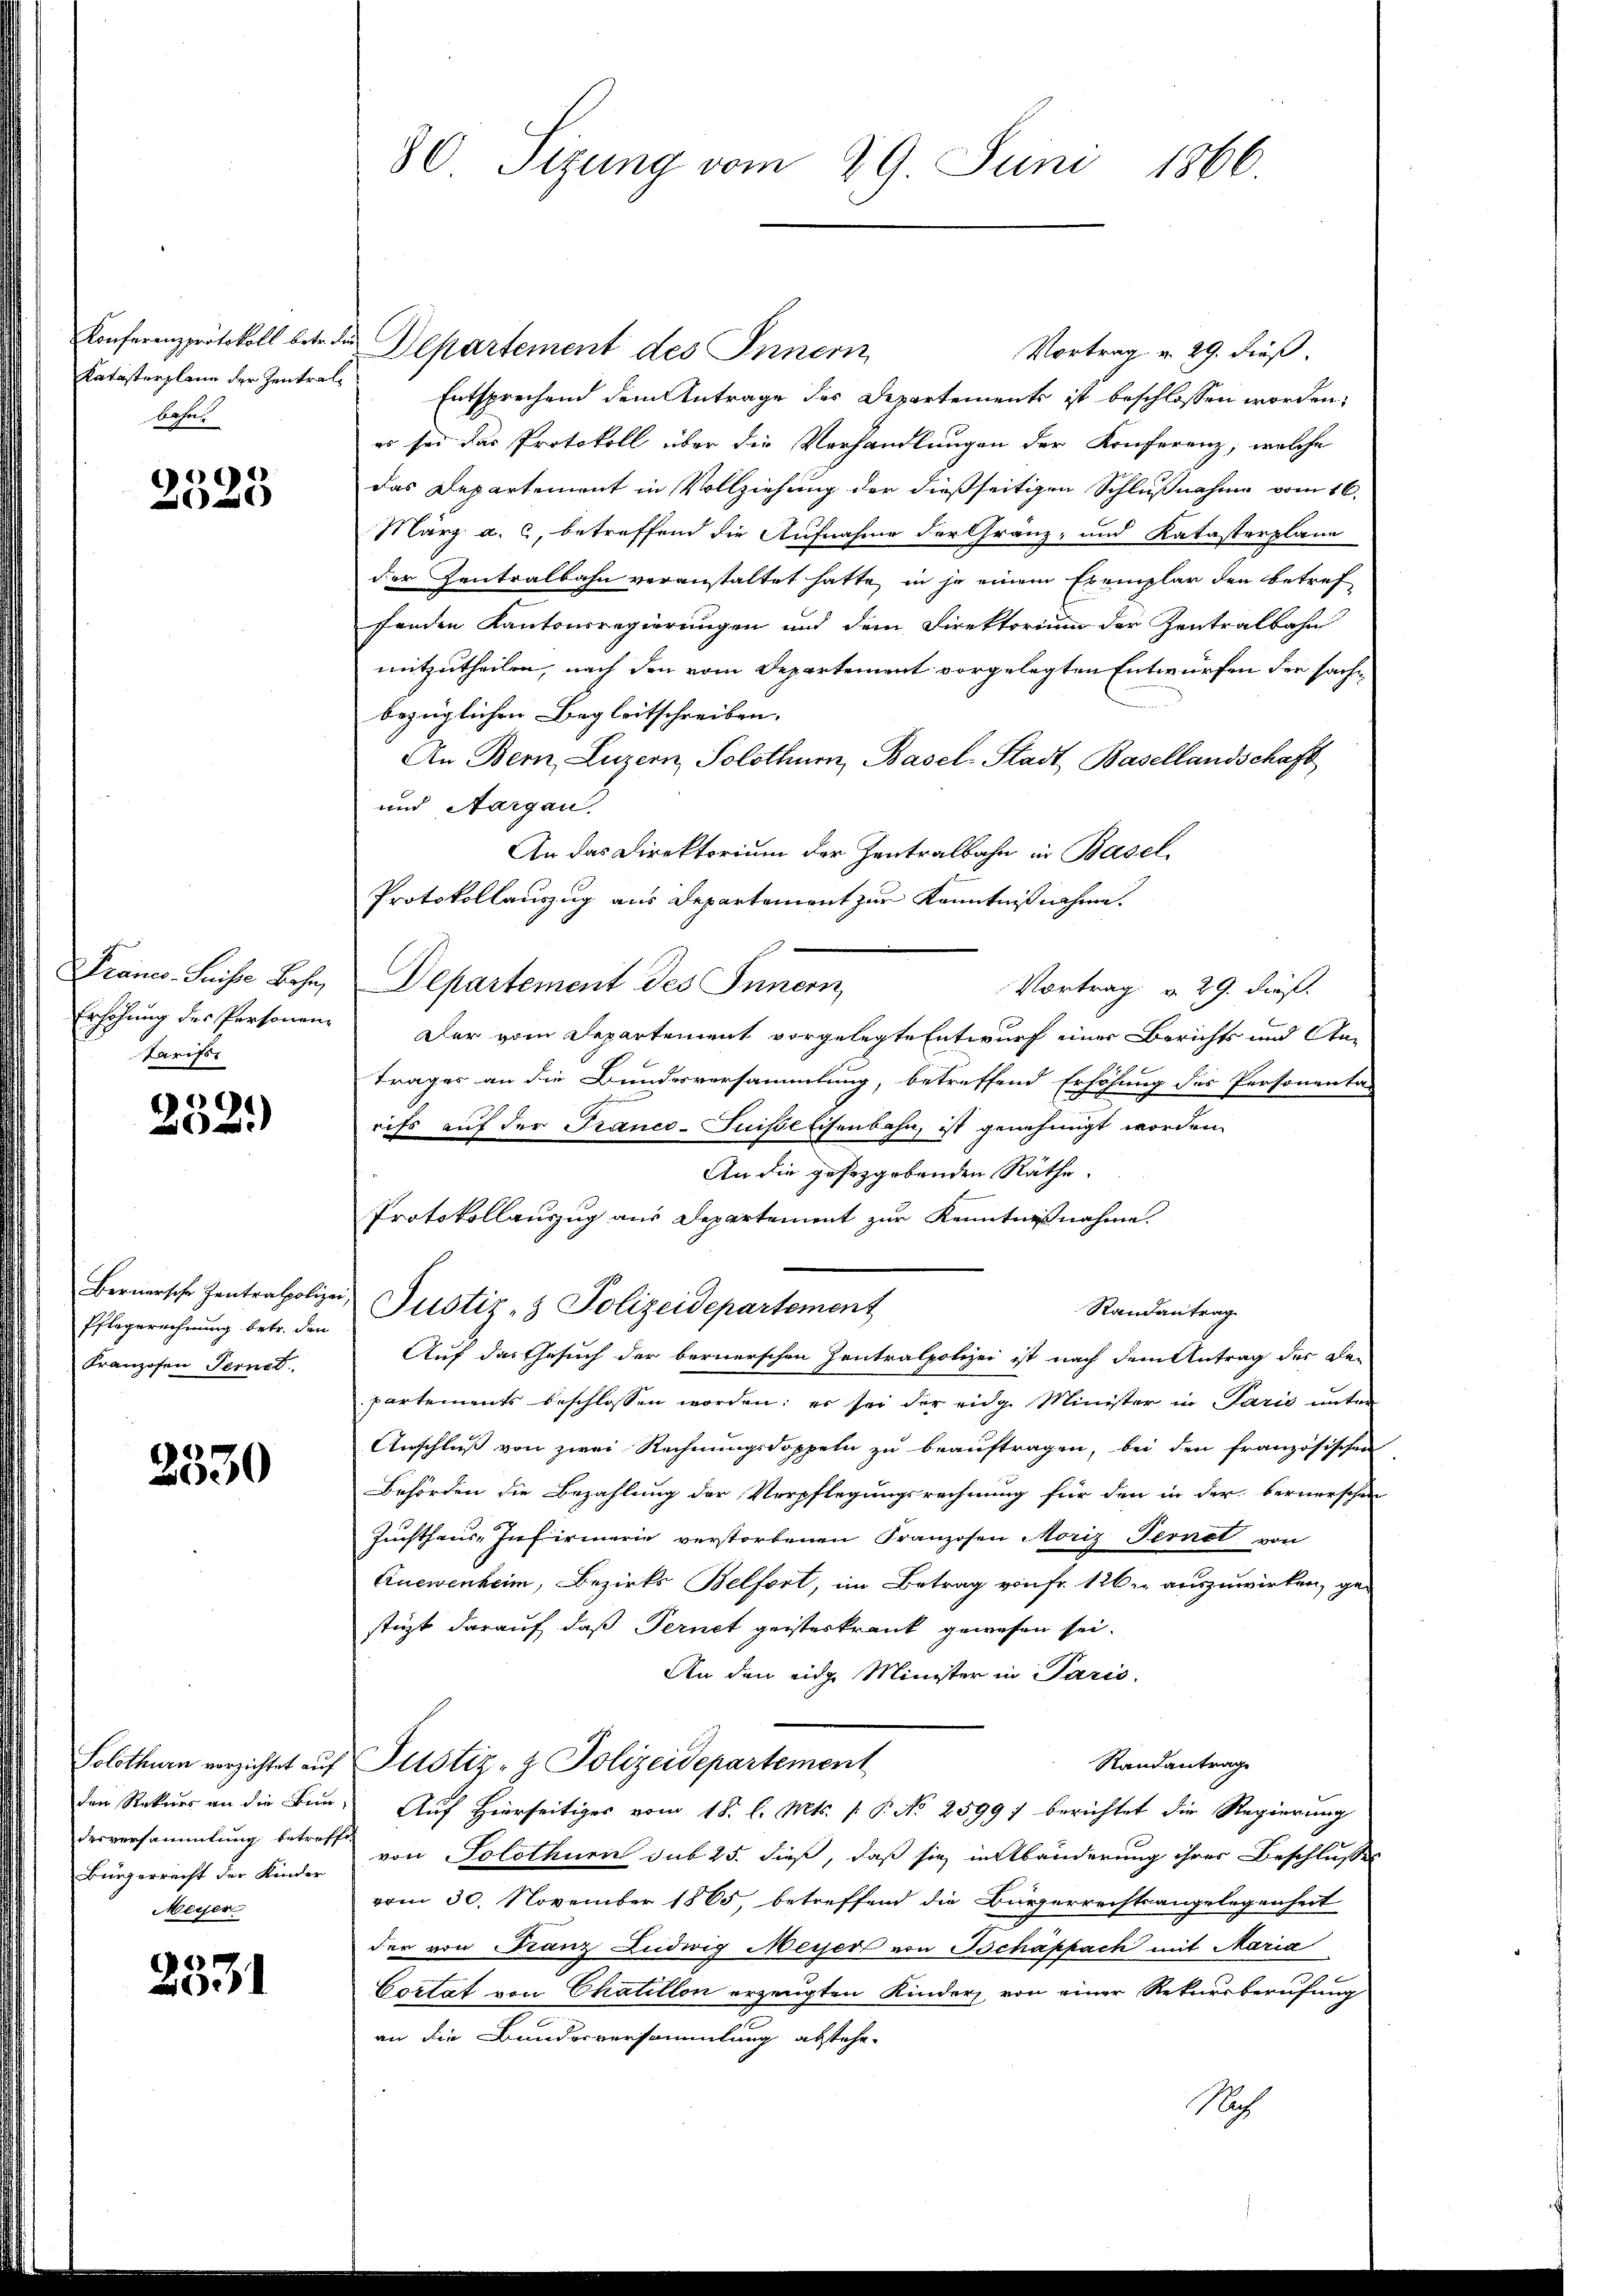
Katasterplane der Zentralbahne

2528

Tarifs

4
52

Pflegerechnung betr. den
Franzosen Fernet

2530

derversammlung betreffe
Meyer

2531

80. Sizung vom 29. Juni 1866.

Konferenzprotokoll betr. Departement des Innern,
Vortrag v. 29. dieß.
Entsprechend dem Antrage des Departements ist beschlossen worden,
es sei das Protokoll über die Verhandlungen der Konferenz, welche
das Departement in Vollziehung der dießseitigen Schlußnahme vom 16.
März a. c, betreffend die Aufnahme der Gränz- und Katasterplane
der Zentralbahn veranstaltet hatte, in je einem Exemplar den betref
fenden Kantonsregierungen und dem Direktorium der Zentralbahn
mitzutheilen, nach den vom Departement vorgelegten Entwürfen der sachbezüglichen Begleitschreiben. |
An Bern, Luzern, Solothurn, Basel-Stadt, Basellandschaft
und Aargau.
An das Direktorium der Zentralbahn in Basel
Protokollauszug aus Departement zur Kenntnißnahme.
Frauer-Seise Behr, Departement des Innern,
Erhöhung des Personen. Der vom Departement vorgelegte Entwurf einer Berichts und An-
Trages an die Bundesversammlung, betreffend Erhöhung des Personentar
rifs auf der Franco-Suisse Eisenbahn, ist genehmigt worden.
An die gefezgebenden Räthe.
Protokollauszug aus Departement zur Kenntnißnahme.
Bernersche Zentralpolizei, Justiz- & Polizeidepartement
Randantrag
Auf das Gesuch der bernerschen Zentralpolizei ist nach dem Antrag der Be-
partements beschlossen worden; es sei der eidg. Minister in Pario unter
Anschluß von zwei Rechnungsdoppeln zu beauftragen, bei den französischen
Behörden die Bezahlung der Verpflegungsrechnung für den in der bernerschen
Zuchthaus-Infirmerie verstorbenen Franzosen Moriz Fernet von
Anewenheim, Bezirks Belfort, im Betrag von Fr. 126. auszuwirken, ge-
stüzt darauf, daß Fernet geisteskrank gewesen sei.
An den eidg. Minister in Paris.
Randantrag
Solothurn verzichtet auf Justiz- & Polizeidepartement
den Rekurs an die Bun- Auf Hierseitiges vom 18. l. Mts. (: P. No 2599) berichtet die Regierung
Bürgerrecht der Kinder von Solothurn sub 25. dieß, daß sie in Abänderung ihrer Beschlusses
vom 30. November 1865, betreffend die Bürgerrechtsangelegenheit
der von Franz Ludwig Meyer von Schäppach mit Maria
Cottat von Chatillon erzeugten Kinder von einer Rekursberufung
an die Bundesversammlung abstehe.
Nach

Vortrag v. 29. dieß.